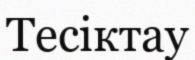
Тесіктау